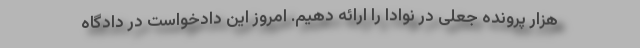
هزار پرونده جعلی در نوادا را ارائه دهیم. امروز این دادخواست در دادگاه